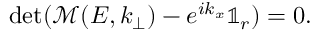
\operatorname* { d e t } ( \mathcal { M } ( E , k _ { \bot } ) - e ^ { i k _ { x } } \mathbb { 1 } _ { r } ) = 0 .